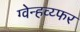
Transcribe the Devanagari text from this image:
ग्वेन्हव्य्फर